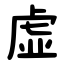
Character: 虚